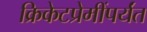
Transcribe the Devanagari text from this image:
क्रिकेटप्रेमींपर्यंत